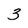
Character: 3